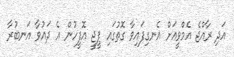
އަދި ރާއްޖެ އެމްވީއަށް އެނގިފައިވާ ގޮތުގައި ޕީޖީ އޮފީހުން އެ ދައުވާ އަނބުރާ